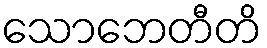
သောဘေတီတိ